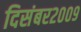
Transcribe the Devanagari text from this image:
दिसंबर२००९